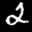
Label: 2